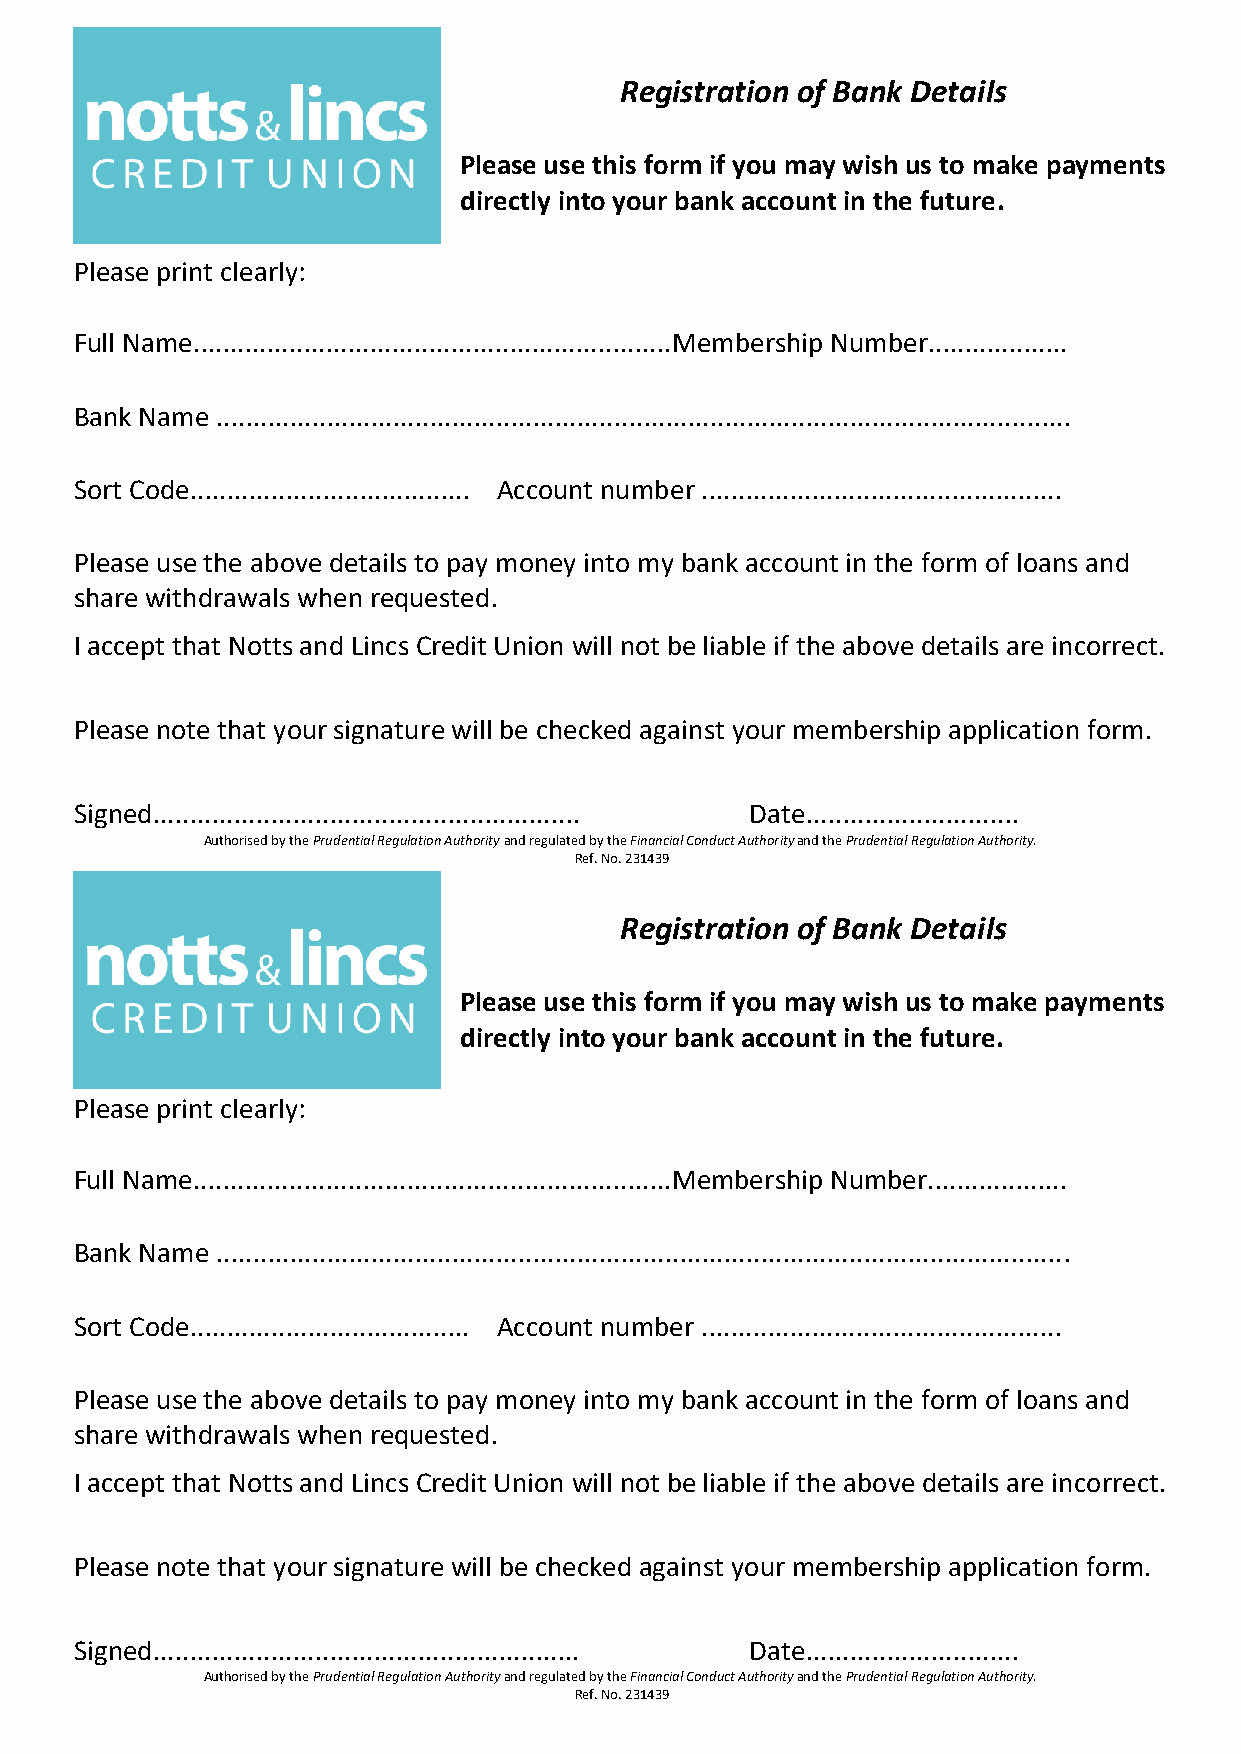
Registration of Bank Details
 Please use this form if you may wish us to make payments
 directly into your bank account in the future.
 Please print clearly:
 Full Name.................................................................Membership Number...................
 Bank Name ....................................................................................................................
 Sort Code...................................... Account number .................................................
 Please use the above details to pay money into my bank account in the form of loans and
 share withdrawals when requested.
 I accept that Notts and Lincs Credit Union will not be liable if the above details are incorrect.
 Please note that your signature will be checked against your membership application form.
 Signed.......................................................... Date.............................
 Authorised by the Prudential Regulation Authority and regulated by the Financial Conduct Authority and the Prudential Regulation Authority.
 Ref. No. 231439
 Registration of Bank Details
 Please use this form if you may wish us to make payments
 directly into your bank account in the future.
 Please print clearly:
 Full Name.................................................................Membership Number...................
 Bank Name ....................................................................................................................
 Sort Code...................................... Account number .................................................
 Please use the above details to pay money into my bank account in the form of loans and
 share withdrawals when requested.
 I accept that Notts and Lincs Credit Union will not be liable if the above details are incorrect.
 Please note that your signature will be checked against your membership application form.
 Signed.......................................................... Date.............................
 Authorised by the Prudential Regulation Authority and regulated by the Financial Conduct Authority and the Prudential Regulation Authority.
 Ref. No. 231439